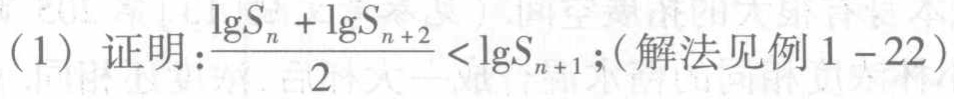
(1) 证明：\(\frac{\lg S_{n}+\lg S_{n + 2}}{2}<\lg S_{n + 1}\);（解法见例 \(1 - 22\)）